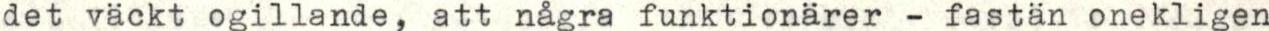
det väckt ogillande, att några funktionärer - fastän onekligen